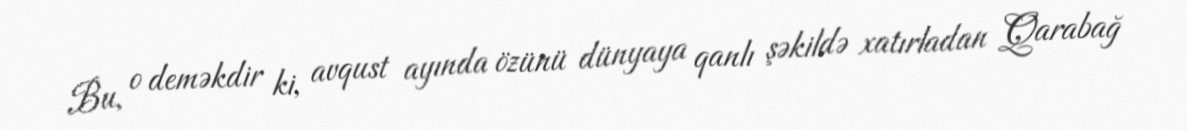
Bu, o deməkdir ki, avqust ayında özünü dünyaya qanlı şəkildə xatırladan Qarabağ